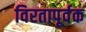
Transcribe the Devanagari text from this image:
विरतापूर्वक